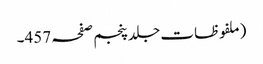
(ملفوظات جلد پنجم صفحہ 457۔